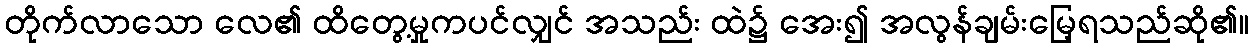
တိုက်လာသော လေ၏ ထိတွေ့မှုကပင်လျှင် အသည်း ထဲ၌ အေး၍ အလွန်ချမ်းမြေ့ရသည်ဆို၏။